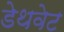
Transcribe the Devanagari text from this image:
डेथवेट